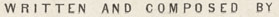
WRITTEN AND COMPOSED BY